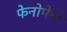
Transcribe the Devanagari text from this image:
फेनोमेनो